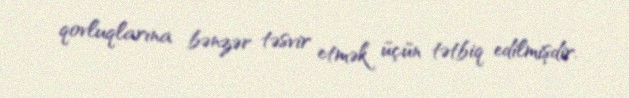
qovluqlarına bənzər təsvir etmək üçün tətbiq edilmişdir.